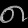
Digit: ၈